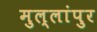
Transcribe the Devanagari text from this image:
मुल्लांपुर